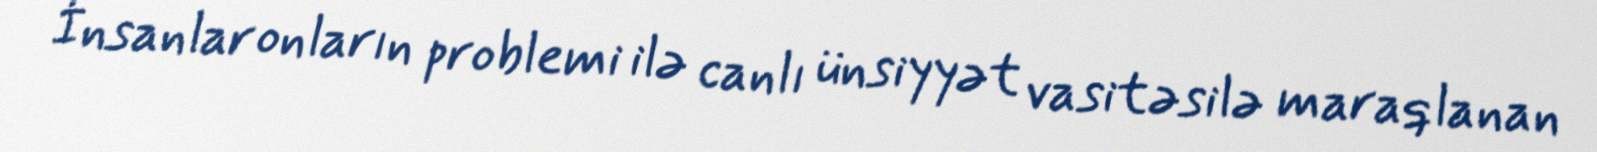
İnsanlar onların problemi ilə canlı ünsiyyət vasitəsilə maraqlanan